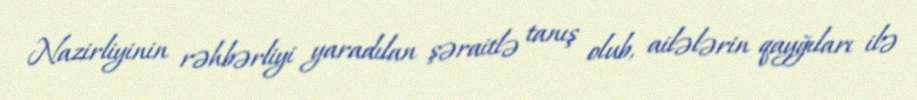
Nazirliyinin rəhbərliyi yaradılan şəraitlə tanış olub, ailələrin qayğıları ilə